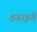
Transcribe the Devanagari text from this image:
ठगाइये